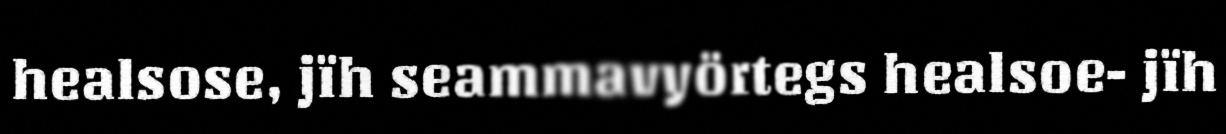
healsose, jïh seammavyörtegs healsoe- jïh